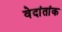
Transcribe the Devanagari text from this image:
वेदांतांक